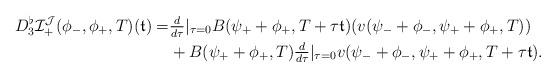
LaTeX: \begin{align*} D^\flat_3\mathcal{I}_+^{\mathcal{J}}(\phi_-,\phi_+,T)(\mathfrak t)= & \tfrac{d}{d\tau}|_{\tau=0}B(\psi_+ + \phi_+, T+\tau{\mathfrak t})(v(\psi_- + \phi_-, \psi_+ +\phi_+,T))\\ &+ B(\psi_+ +\phi_+,T) \tfrac{d}{d\tau}|_{\tau=0} v(\psi_- + \phi_-, \psi_+ +\phi_+,T+\tau {\mathfrak t}).\end{align*}